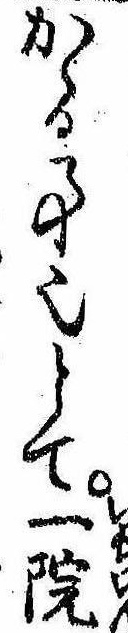
かゝる事也とて一院